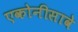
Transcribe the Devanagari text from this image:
एकोनीसावे